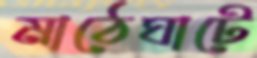
মাঠেঘাটে